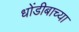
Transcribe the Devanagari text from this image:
धोंडीबाच्या